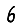
Digit: 6